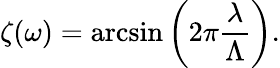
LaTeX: \zeta(\omega)=\arcsin{\left(2\pi\frac{\lambda}{\Lambda}\right)}.